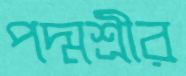
পদ্মশ্রীর